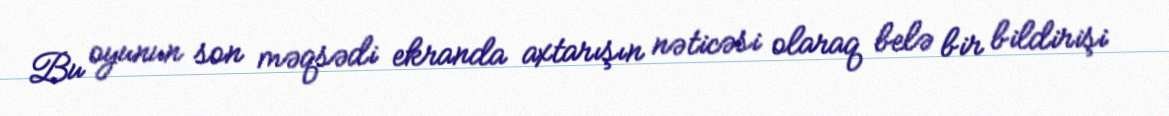
Bu oyunun son məqsədi ekranda axtarışın nəticəsi olaraq belə bir bildirişi